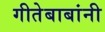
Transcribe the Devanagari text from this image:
गीतेबाबांनी